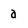
Character: a